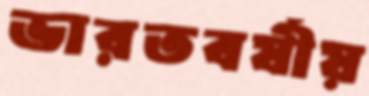
ভারতবর্ষীয়